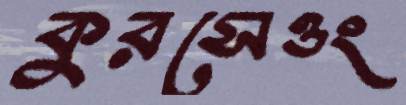
কুরসেওং